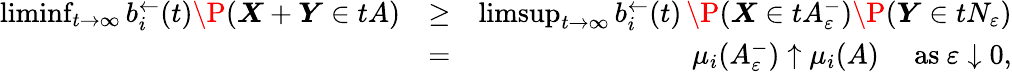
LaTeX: \begin{array}{rlr}{\operatorname*{liminf}_{t\to\infty}b_{i}^{\leftarrow}(t)\P(\boldsymbol X+\boldsymbol Y\in tA)}&{\geq}&{\operatorname*{limsup}_{t\to\infty}b_{i}^{\leftarrow}(t)\, \P(\boldsymbol X\in tA_{\varepsilon}^{-})\P(\boldsymbol Y\in tN_{\varepsilon})}\\ &{=}&{\mu_{i}(A_{\varepsilon}^{-})\uparrow\mu_{i}(A)\quad\mathrm{~as~}\varepsilon\downarrow 0,}\end{array}